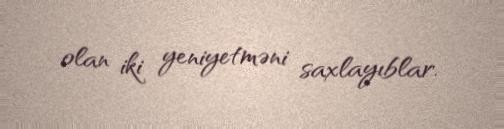
olan iki yeniyetməni saxlayıblar.